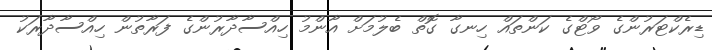
ޑިރެކްޓަރުންގެ ވޯޓްގެ ކަންތައް ހިނގާ ގޮތް ބެލުމަށް އާންމު ހިއްސާދާރުންގެ ފަރާތުން ހިއްސާދާރަކު